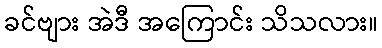
ခင်ဗျား အဲဒီ အကြောင်း သိသလား။